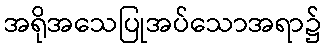
အရိုအသေပြုအပ်သောအရာ၌